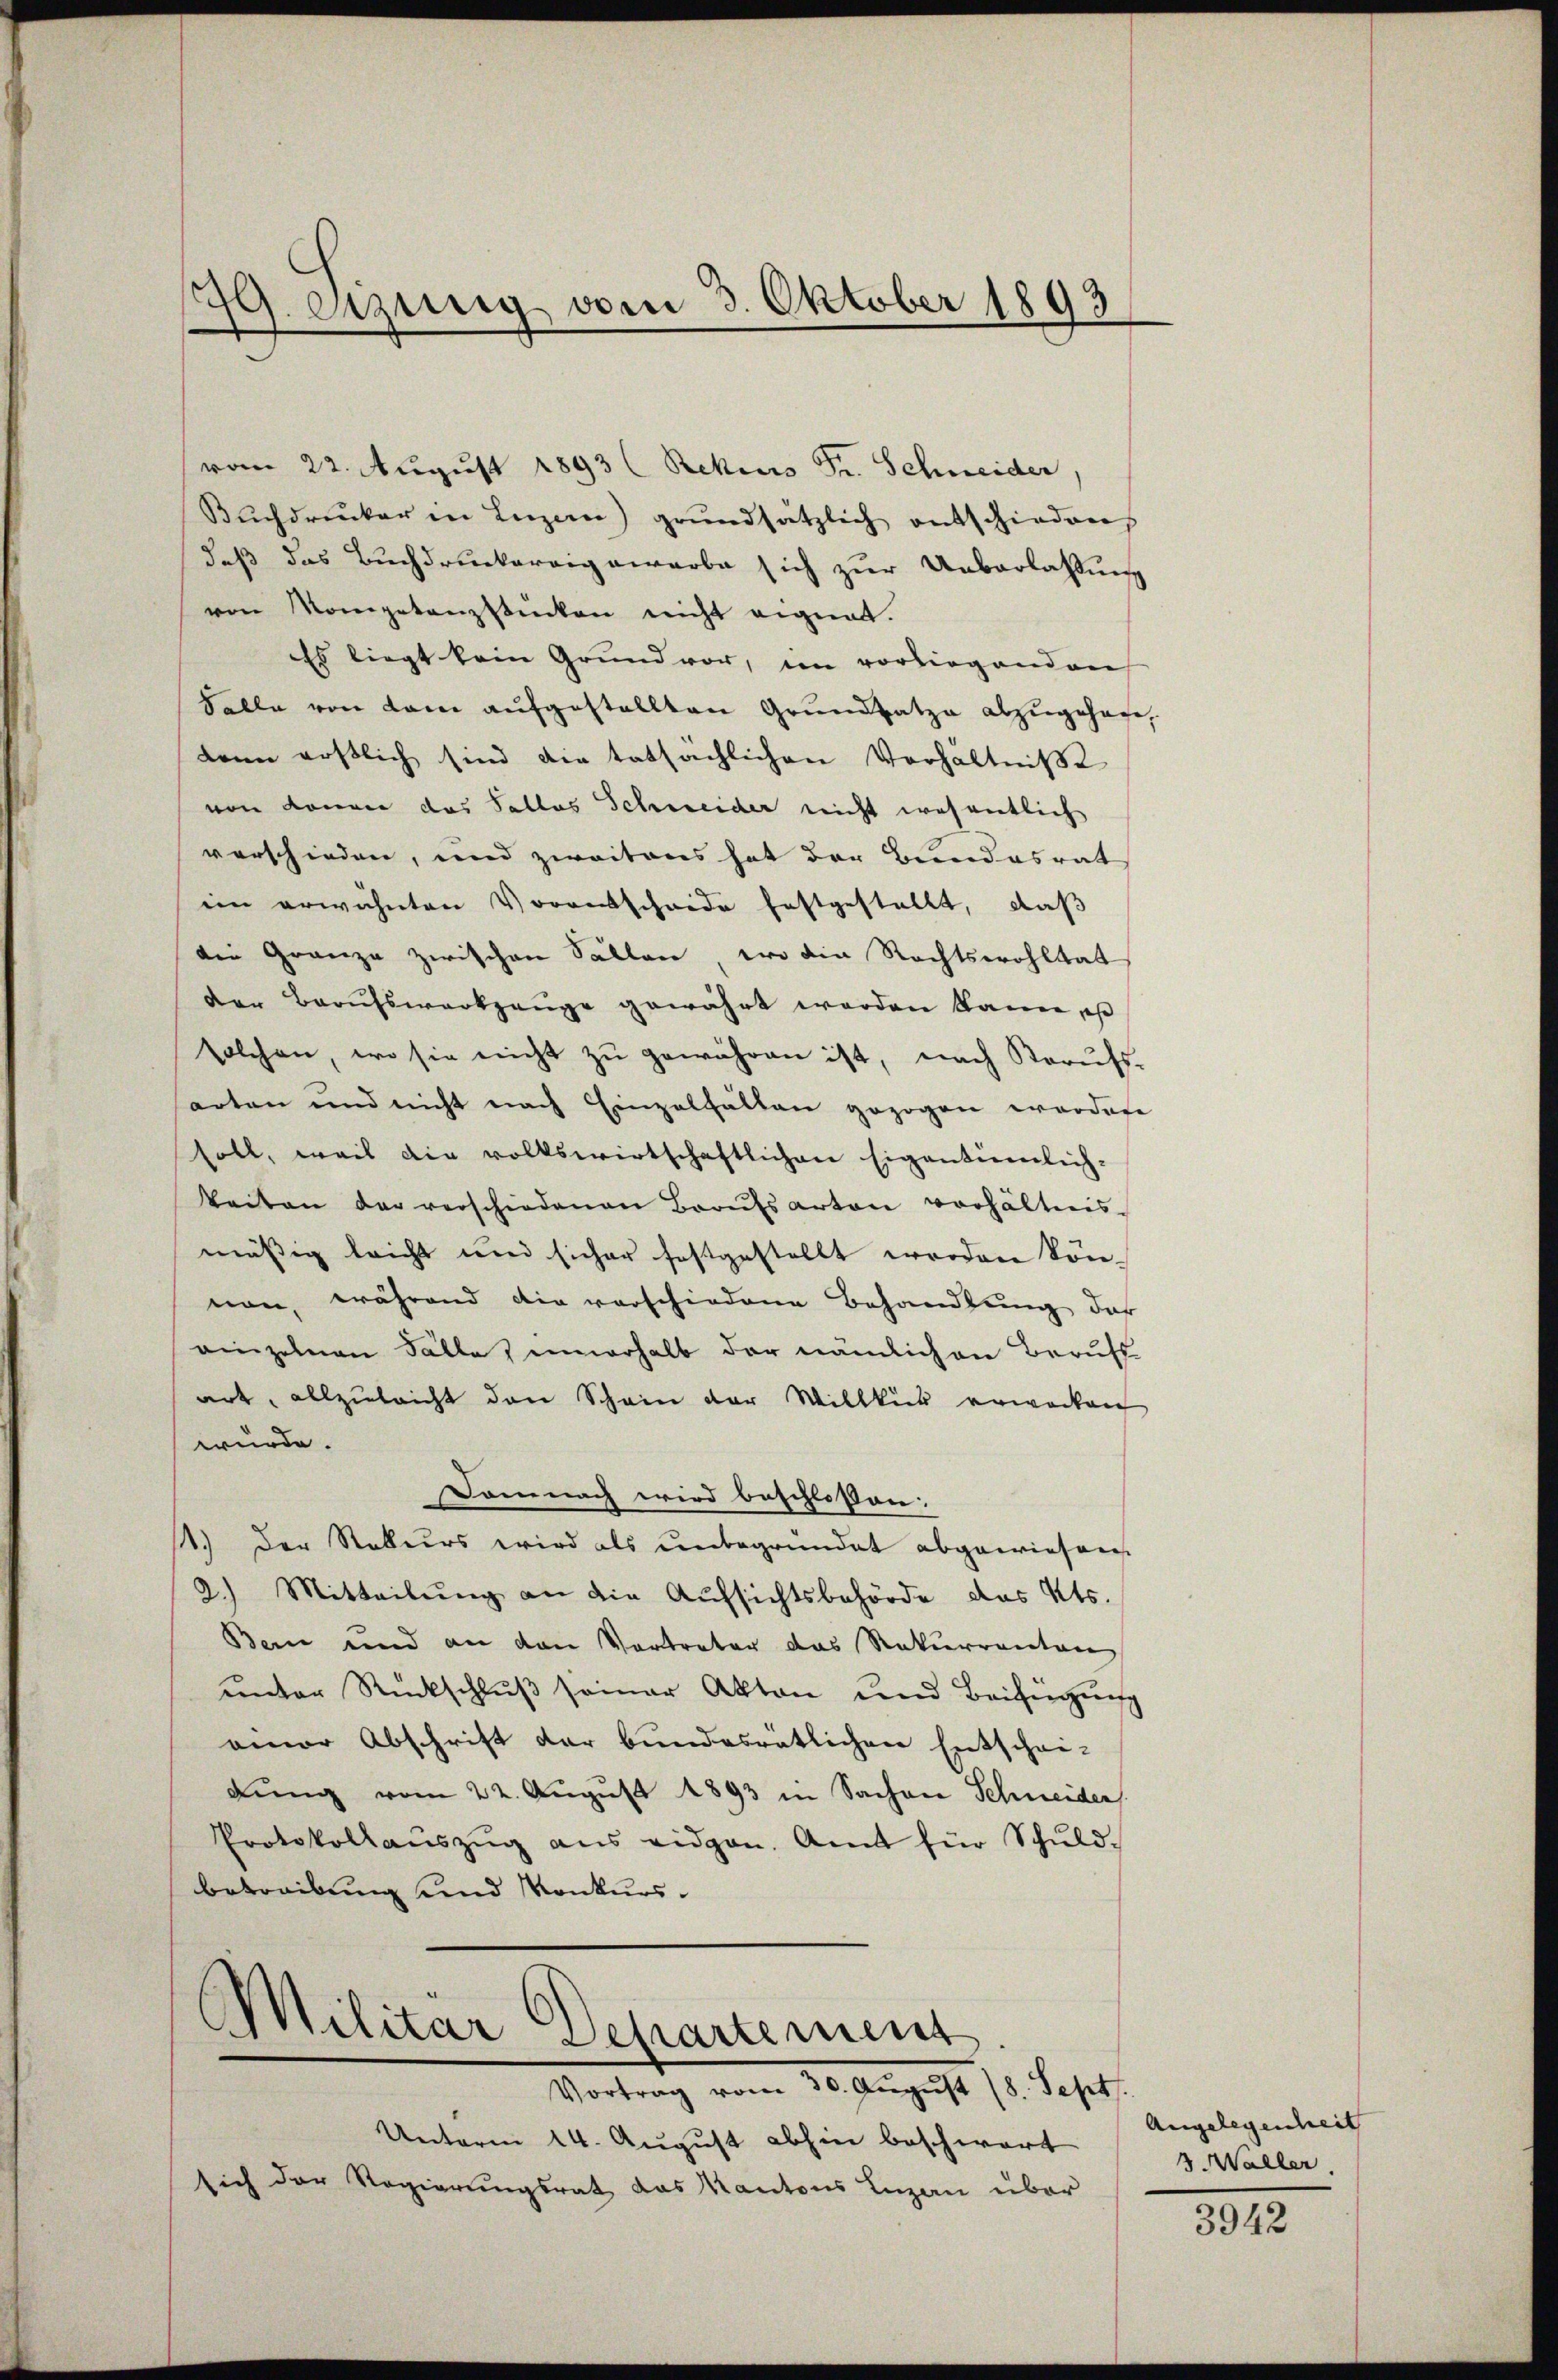
79. einzung vom 3. Oktober 1893

vom 22. August 1893 (Rekurs Fr. Schneider,
Buchdruker in Luzern) grundsätzlich entschieden
daß das Buchdruckereigewarbe sich zur Ueberlassung
ven Kompetanzstücken nicht eignet.
Es liegt kein Grund vor, im vorliegenden
Falle von dem aufgestellten Grundsatze abzugehege,
dann erstlich sind die tatsächlichen Verhältniße
von denen das Falles Schweider nicht wesentlich
verschieden, und zweitens hat der Bundesrat
ein erwähnten Vorentscheide festgestellt, daß
die Gränze zwischen Sollen, wo die Rechtswohltat
der Berufswerkzeuge gewährt worden kanne, ist
solchen, wo sie nicht zu gewähren ist, nach Berufs-
sarten und nicht nach Einzelhalten gezogen wordete
soll, weil die volkswirtschaftlichen Eigentümlich-
keiten der verschiedenen Braŭtsarten verhältnis.
mäßig leicht und sicher festgestellt worden könnon, während die verschiedene Behandlŭng der
einzelnen Fälle, innerhalb der nämlichen Berufs
art, allzuleicht den Schein der Willkür erwecken
würde.
Damnach wird beschlossen:
11.) Der Rekurs wird als unbegründet abgewiesen.
2.) Mitteilŭng an die Aufsichtsbehörde das Kts.
Bern und an den Vertreter das Rekurrenten
unter Rückschluß seiner Akten und Beifügung
einer Abschrift der bundesratlichen Entschei-
dung vom 22. August 1893 in Sachen Schneider
Protokollaŭszŭg ans eidgen. Amt für Schŭld-
betreibung und Konkurs.

Militär Departement
Vortrag vom 30. August 18. Sept

Unterm 14. August abhin beschwort
sich der Regierungsrat das Kantons Luzan über

Angelegenheit
3. Waller,

3942